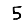
Digit: 5